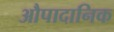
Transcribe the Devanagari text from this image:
औपादानिक